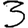
Digit: 3